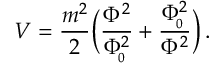
V = { \frac { m ^ { 2 } } { 2 } } \Big ( { \frac { \Phi ^ { 2 } } { \Phi _ { \! _ { 0 } } ^ { 2 } } } + { \frac { \Phi _ { \! _ { 0 } } ^ { 2 } } { \Phi ^ { 2 } } } \Big ) \, .